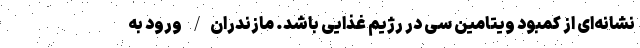
نشانه‌ای از کمبود ویتامین سی در رژیم غذایی باشد. مازندران/ ورود به